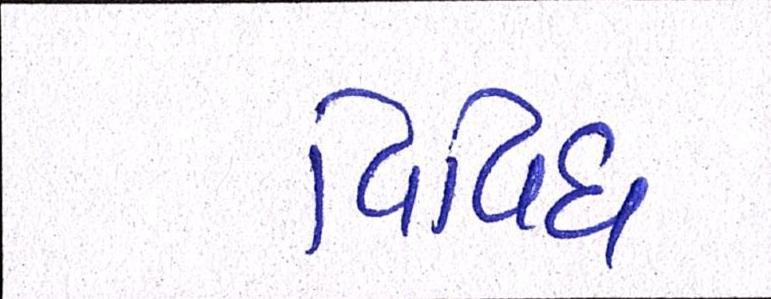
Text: વિવિધ